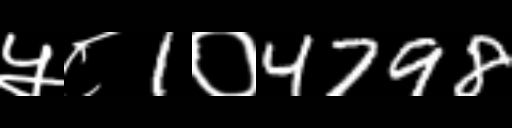
Text: ५८1०4798